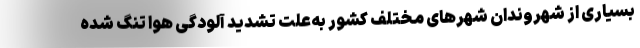
بسیاری از شهروندان شهرهای مختلف کشور به‌علت تشدید آلودگی هوا تنگ شده